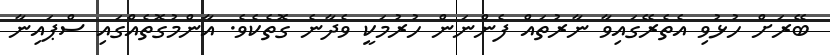
ބޭރަށް ހުޅުވި އެތެރޭގައިވާ ނާރުތައް ފެންނަން ހުރުމަކީ ވެދާނެ ގޮތެކެވެ. އާންމުގޮތެއްގައި ސްޕައިނާ